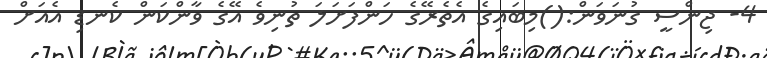
4- ޖިންސީ ގުނަވަން:()މިބައިގެ އެތެރޭގެ ހަންފަށަލަ ތުނިވެ އޭގެ ވާންކަން ކެނޑި އެއަށް